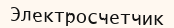
Электросчетчик